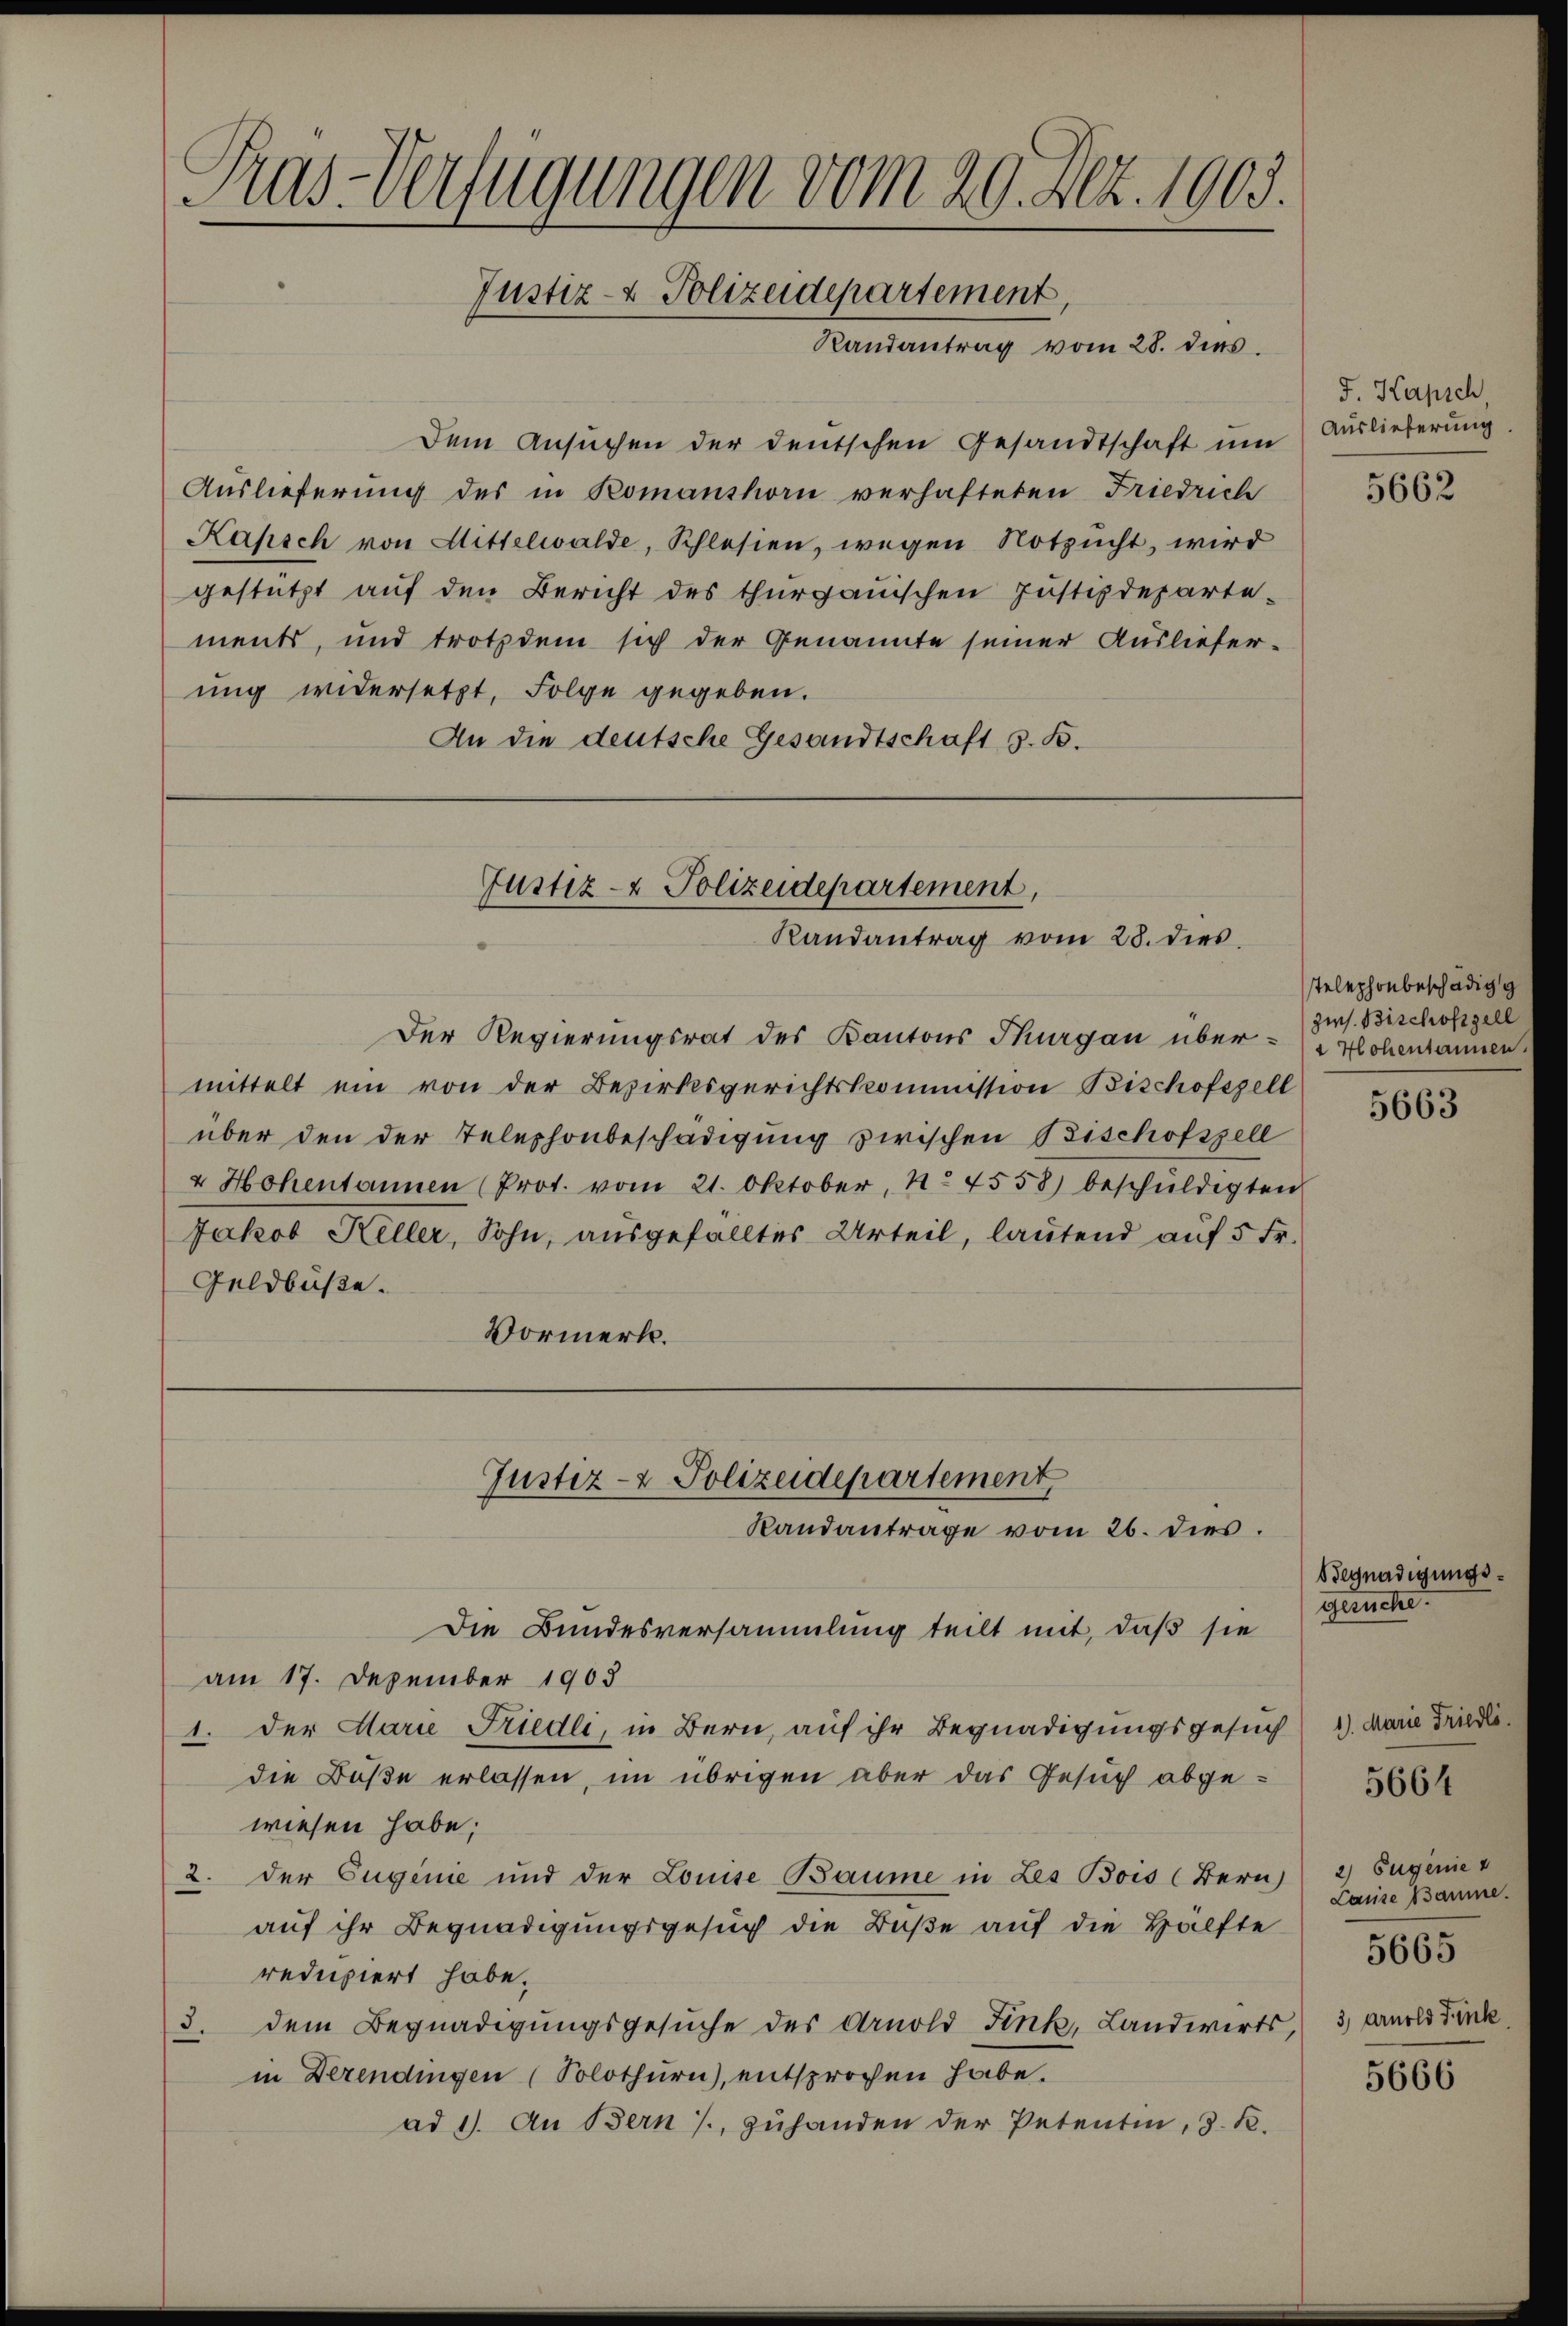
Pras-Verfügungen vom 29. Dez. 1903.
Justiz- & Polizeidepartement,
Randantrag vom 28. dies

Dem Ansuchen der deutschen Gesandtschaft um
Auslieferung des in Romanshorn verhafteten Friedrich
Kapsch von Mittelwalde, Schlesien, wegen Notzucht, wird
gestützt auf den Bericht des thurgauischen Justizdeparte-
ments, und trotzdem sich der Genannte seiner Auslieferung widersetzt, Folge gegeben.
An die deutsche Gesandtschaft z. B.

Justiz- & Polizeidepartement,
Randantrag vom 28. dies

Der Regierungsrat des Kantons Thurgau über - Hohentannen
mittelt ein von der Bezirksgerichtskommission Bischofszell
über den der Telephonbeschädigung zwischen Bischofszell
u Hohentannen (Prot. vom 21. Oktober, 1. 4558) beschuldigten
Jakob Keller, Sohn, ausgefälltes Urteil, lautend auf 5 Fr.
Geldbuße.
Vormerk.

Justiz- & Polizeidepartement
Randantrage vom 26. dies.

Die Bundesversammlung teilt mit, daß sie
am 17. Dezember 1903
1. Der Marie Friedli, in Bern, auf ihr Begnadigungsgesuch) 1). Marie Friedle
die Buße erlassen, im übrigen aber das Gesuch abgewiesen habe;
2. der Eugenie und der Louise Baume in Les Bois (Bern) 2) Eugenie
auf ihr Begnadigungsgesuch die Buße auf die Hälfte
redupiert habe.
3. dem Begnadigungsgesŭche des Arnold Fink, Landwirts, 3, Arnold Fink,
in Derendingen (Solothurn), entsprochen habe.
ad 1. An Bern, zuhanden der Petentin, d. B.

J. Kapsch
Auslieferung.

5662

telephonbeschädig g
zws. Bischofzell

5663

Begnadigungsgesuche.

5664

Lauise Bäume.
5665

5666